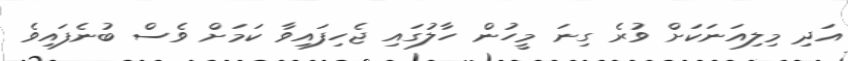
އަދި މިލިއަނަކަށް ވުރެ ގިނަ މީހުން ހާލުގައި ޖެހިފައިވާ ކަމަށް ވެސް ބުނެފައިވެ